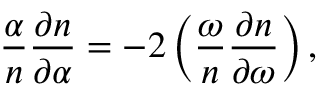
\frac { \alpha } { n } \frac { \partial n } { \partial \alpha } = - 2 \left( \frac { \omega } { n } \frac { \partial n } { \partial \omega } \right) ,